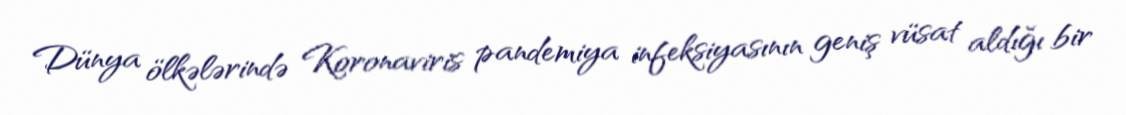
Dünya ölkələrində Koronaviris pandemiya infeksiyasının geniş vüsat aldığı bir